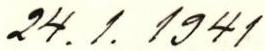
24.1.1941